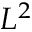
L ^ { 2 }